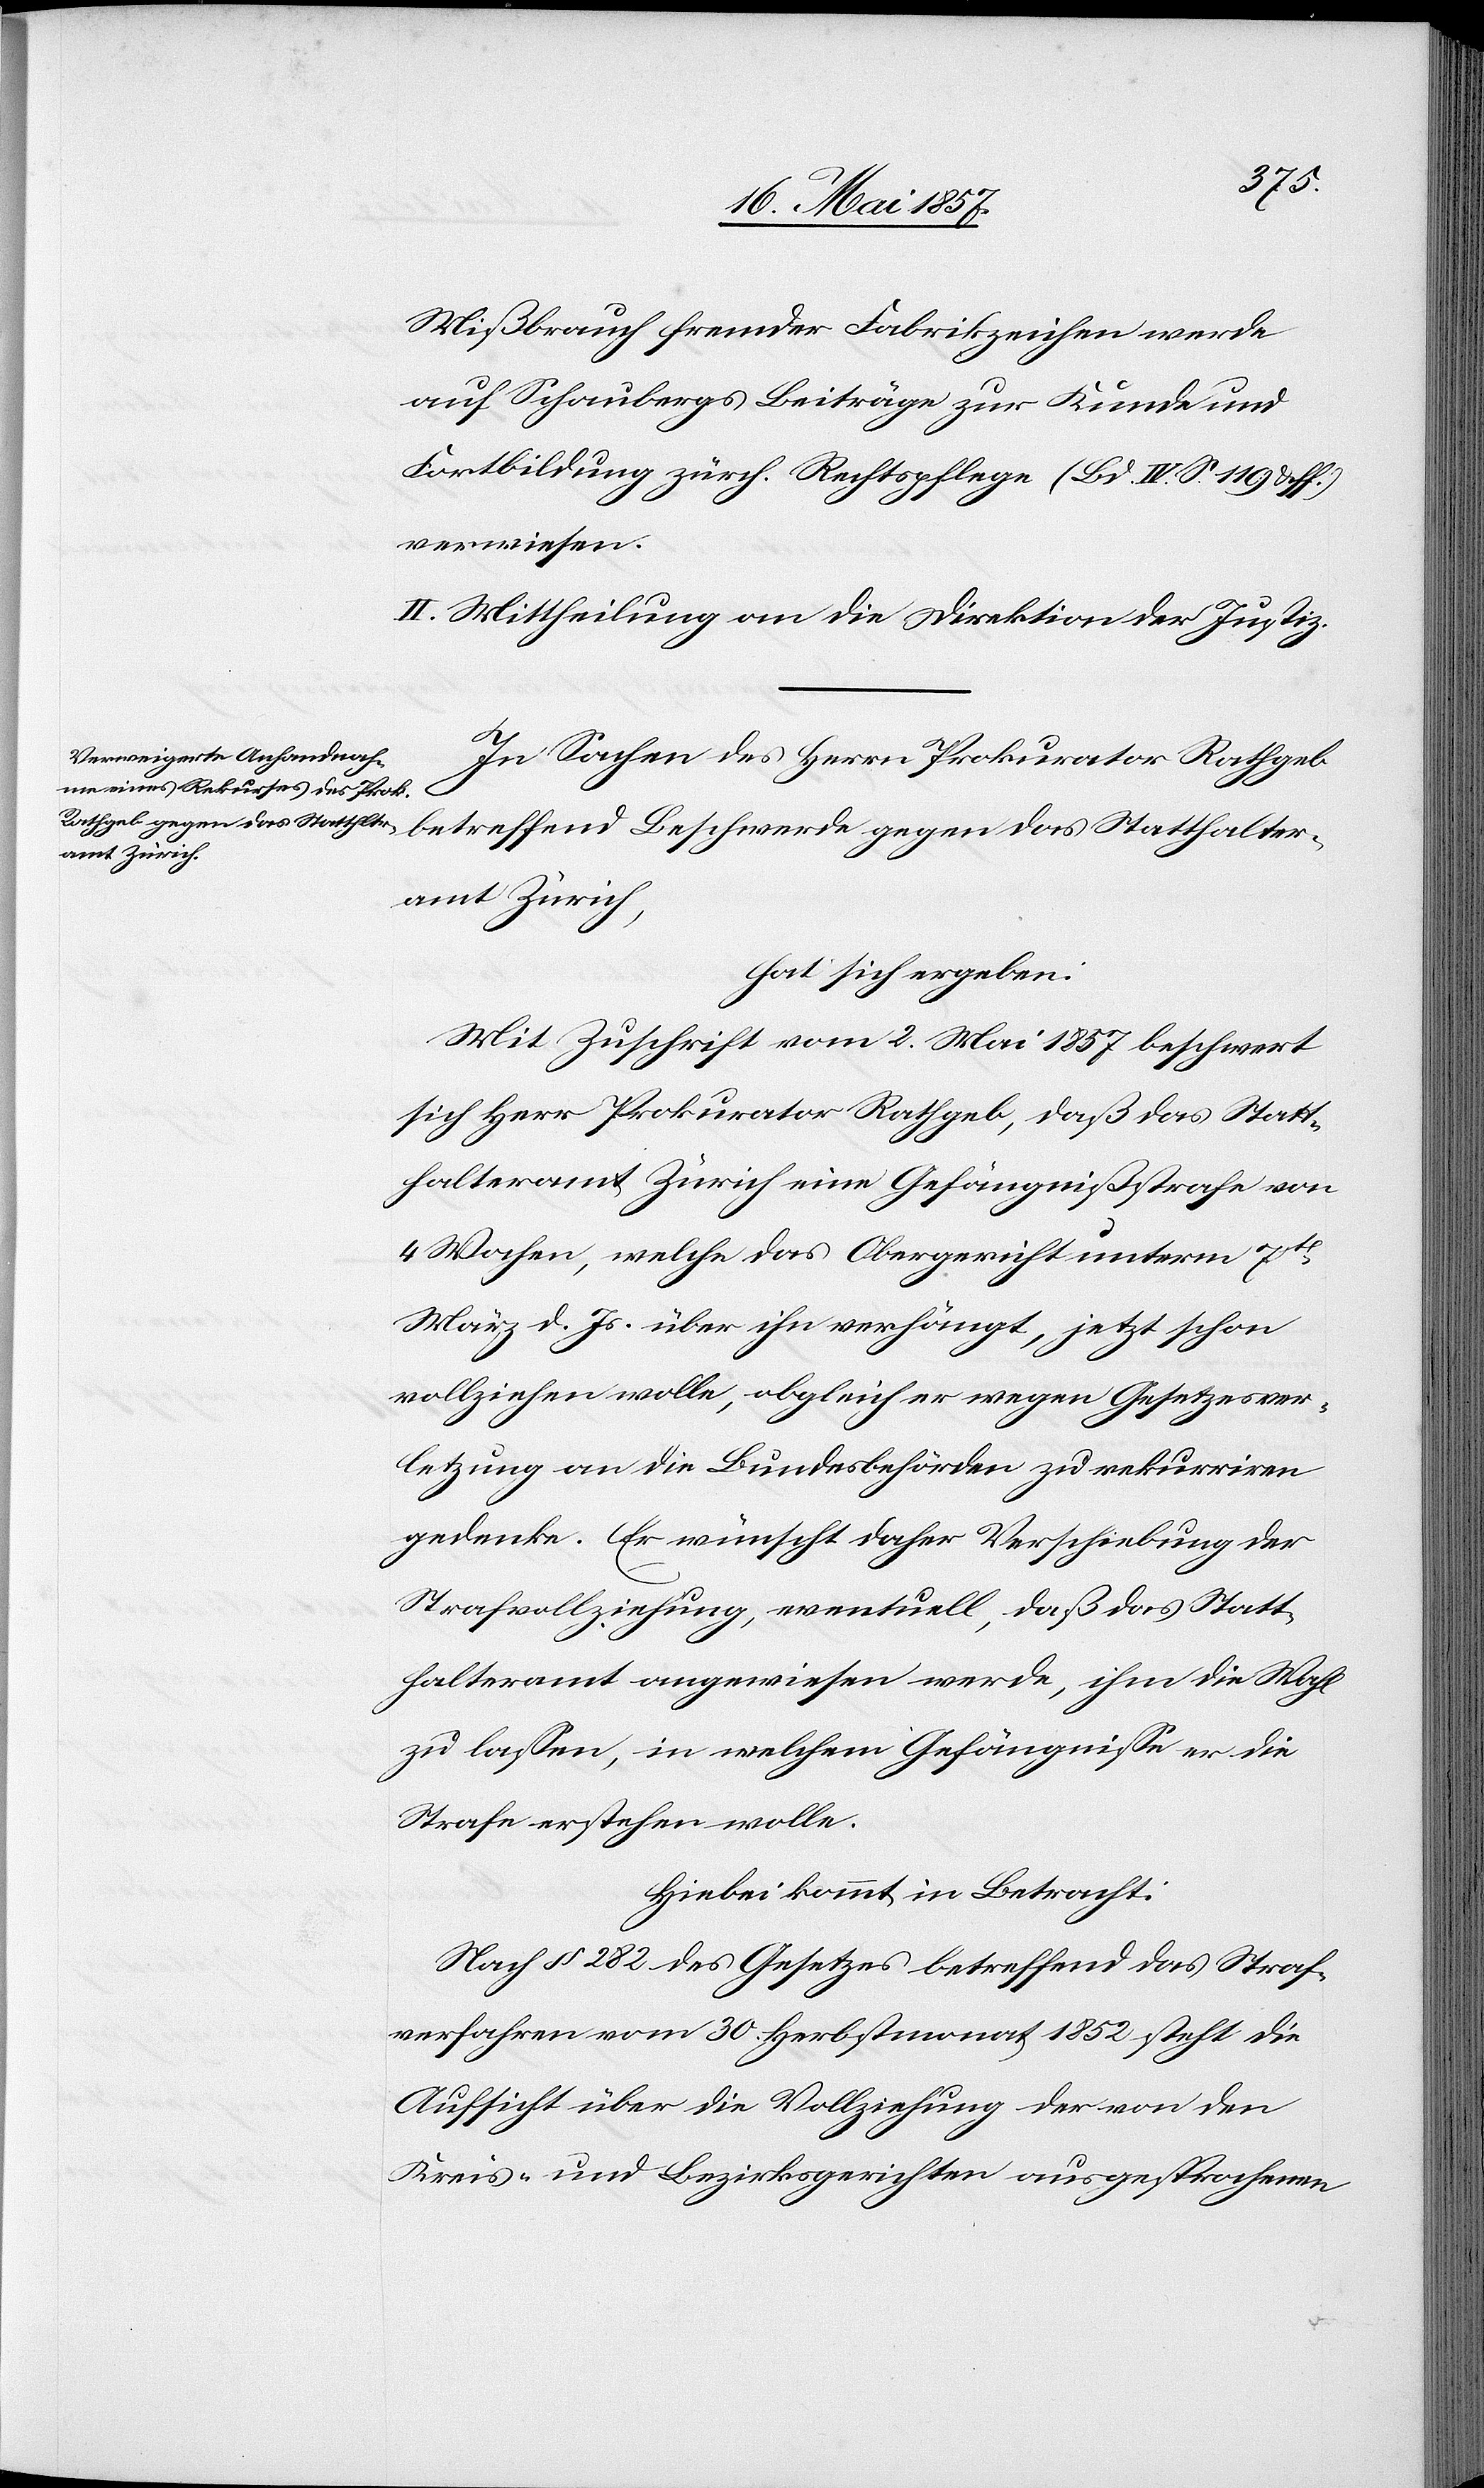
Mißbrauch fremder Fabrikzeichen werde
auf Schaubergs Beiträge zur Kunde und
Fortbildung zürch. Rechtspflege (Bd. IV S. 119 & ff.)
verwiesen.
II. Mittheilung an die Direktion der Justiz.
In Sachen des Herrn Prokurator Rathgeb
betreffend Beschwerde gegen das Statthalter¬
amt Zürich,
hat sich ergeben:
Mit Zuschrift vom 2 Mai 1857 beschwert
sich Herr Prokurator Rathgeb, daß das Statt¬
halteramt Zürich eine Gefängnißstrafe von
4 Wochen, welche das Obergericht unterm 7ten
März d. Js. über ihn verhängt, jetzt schon
vollziehen wolle, obgleich er wegen Gesetzesver¬
letzung an die Bundesbehörden zu rekurriren
gedenke. Er wünscht daher Verschiebung der
Strafvollziehung, eventuell, daß das Statt¬
halteramt angewiesen werde, ihm die Wahl
zu lassen, in welchem Gefängnisse er die
Strafe erstehen wolle.
Hiebei kommt in Betracht:
Nach § 282 des Gesetzes betreffend das Straf¬
verfahren vom 30 Herbstmonat 1852 steht die
Aufsicht über die Vollziehung der von den
Kreis- und Bezirksgerichten ausgesprochenen